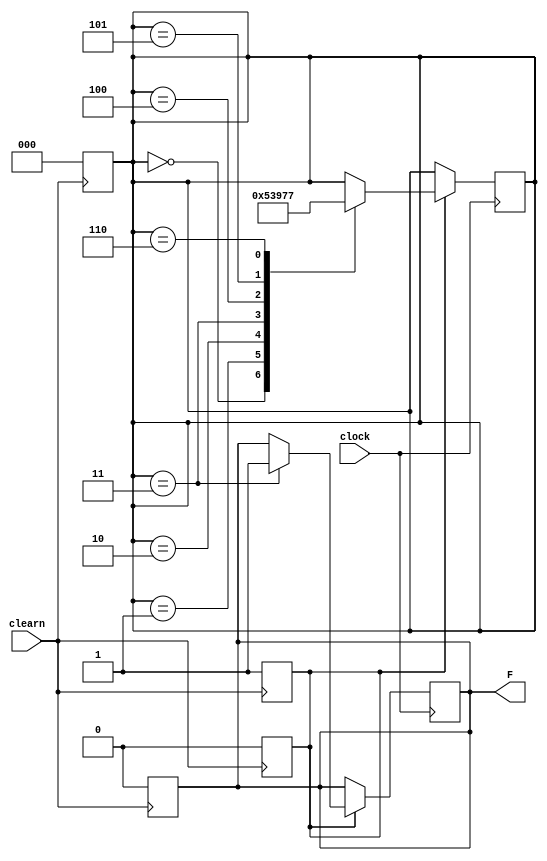
// Nivel 3
// contador decrescente mod6
module counter_mod8 (
    input wire clearn, // assincrono, active high
    input wire clock,
    output reg F); // indica se o contador chegou a 0

    reg [2:0] count;

    reg active_count;

    // para a contagem quando temos um posedge
    always @(posedge clearn) begin
        active_count = 1'b0;
    end

    // comea a contagem com negedge
    always @ (negedge clearn) begin
        count <= 3'b000;
        F <= 1'b0;
        active_count = 1'b1;
    end

    // loop principal para a contagem
    always @(posedge clock) begin
        // para a contagem caso o boto seja solto, evitando problemas de a pessoa soltar o boto antes da ativao
        // que passa o valor para o timer
        if (active_count) begin
            case (count)
                3'b000: count <= 3'b001; // 0 -> 1
                3'b001: count <= 3'b010; // 1 -> 2
                3'b010: count <= 3'b011; // 2 -> 3
                3'b011: begin  // 3 -> 4
                    count <= 3'b100;
                    F = 1'b1;
                end
                3'b100: count <= 3'b101; // 4 -> 5
                3'b101: count <= 3'b110; // 5 -> 6
                3'b110: count <= 3'b111; // 6 -> 7
                default: count <= count;
            endcase
        end
    end
endmodule